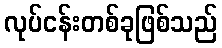
လုပ်ငန်းတစ်ခုဖြစ်သည်